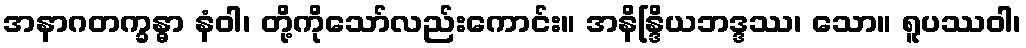
အနာဂတက္ခန္ဓာ နံဝါ၊ တို့ကိုသော်လည်းကောင်း။ အနိန္ဒြိယဘဒ္ဒဿ၊ သော။ ရူပဿဝါ၊